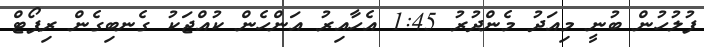
ފުލުހުން ބުނީ މިއަދު މެންދުރު 1:45 އެހާއިރު އަންހެން ކުއްޖަކު ގެނބިގެން ރިޕޯޓް